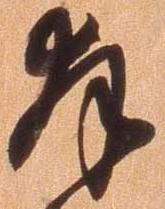
拝